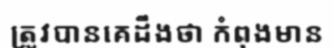
ត្រូវបានគេដឹងថា កំពុងមាន